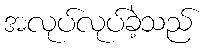
အလုပ်လုပ်ခဲ့သည်